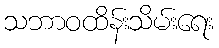
သဘာဝထိန်းသိမ်းရေး